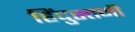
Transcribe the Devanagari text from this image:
हिंदुस्तनी